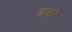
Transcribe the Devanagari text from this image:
बाक्सों